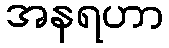
အနရဟာ